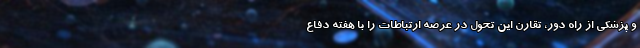
و پزشکی از راه دور، تقارن این تحول در عرصه ارتباطات را با هفته دفاع